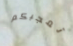
تعجبكم